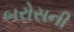
બરોસની